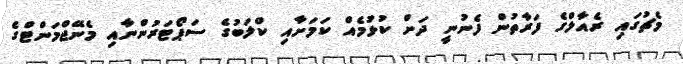
މެޗުގައި ރެއާލްގެ ފަރާތުން ފެނުނީ ދަށް ކުޅުމެއް ކަމަށާއި ކްލަބުގެ ސަޕޯޓަރުންނާއި މެނޭޖްމަންޓްގެ